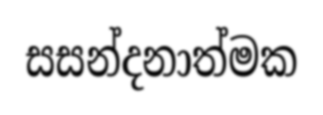
සසන්දනාත්මක